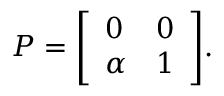
P = { \left[ \begin{array} { l l } { 0 } & { 0 } \\ { \alpha } & { 1 } \end{array} \right] } .